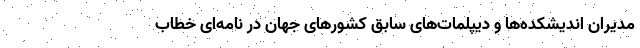
مدیران اندیشکده‌ها و دیپلمات‌های سابق کشورهای جهان در نامه‌ای خطاب